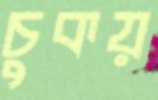
চুকয়